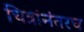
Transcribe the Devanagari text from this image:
चित्रांनंतरच